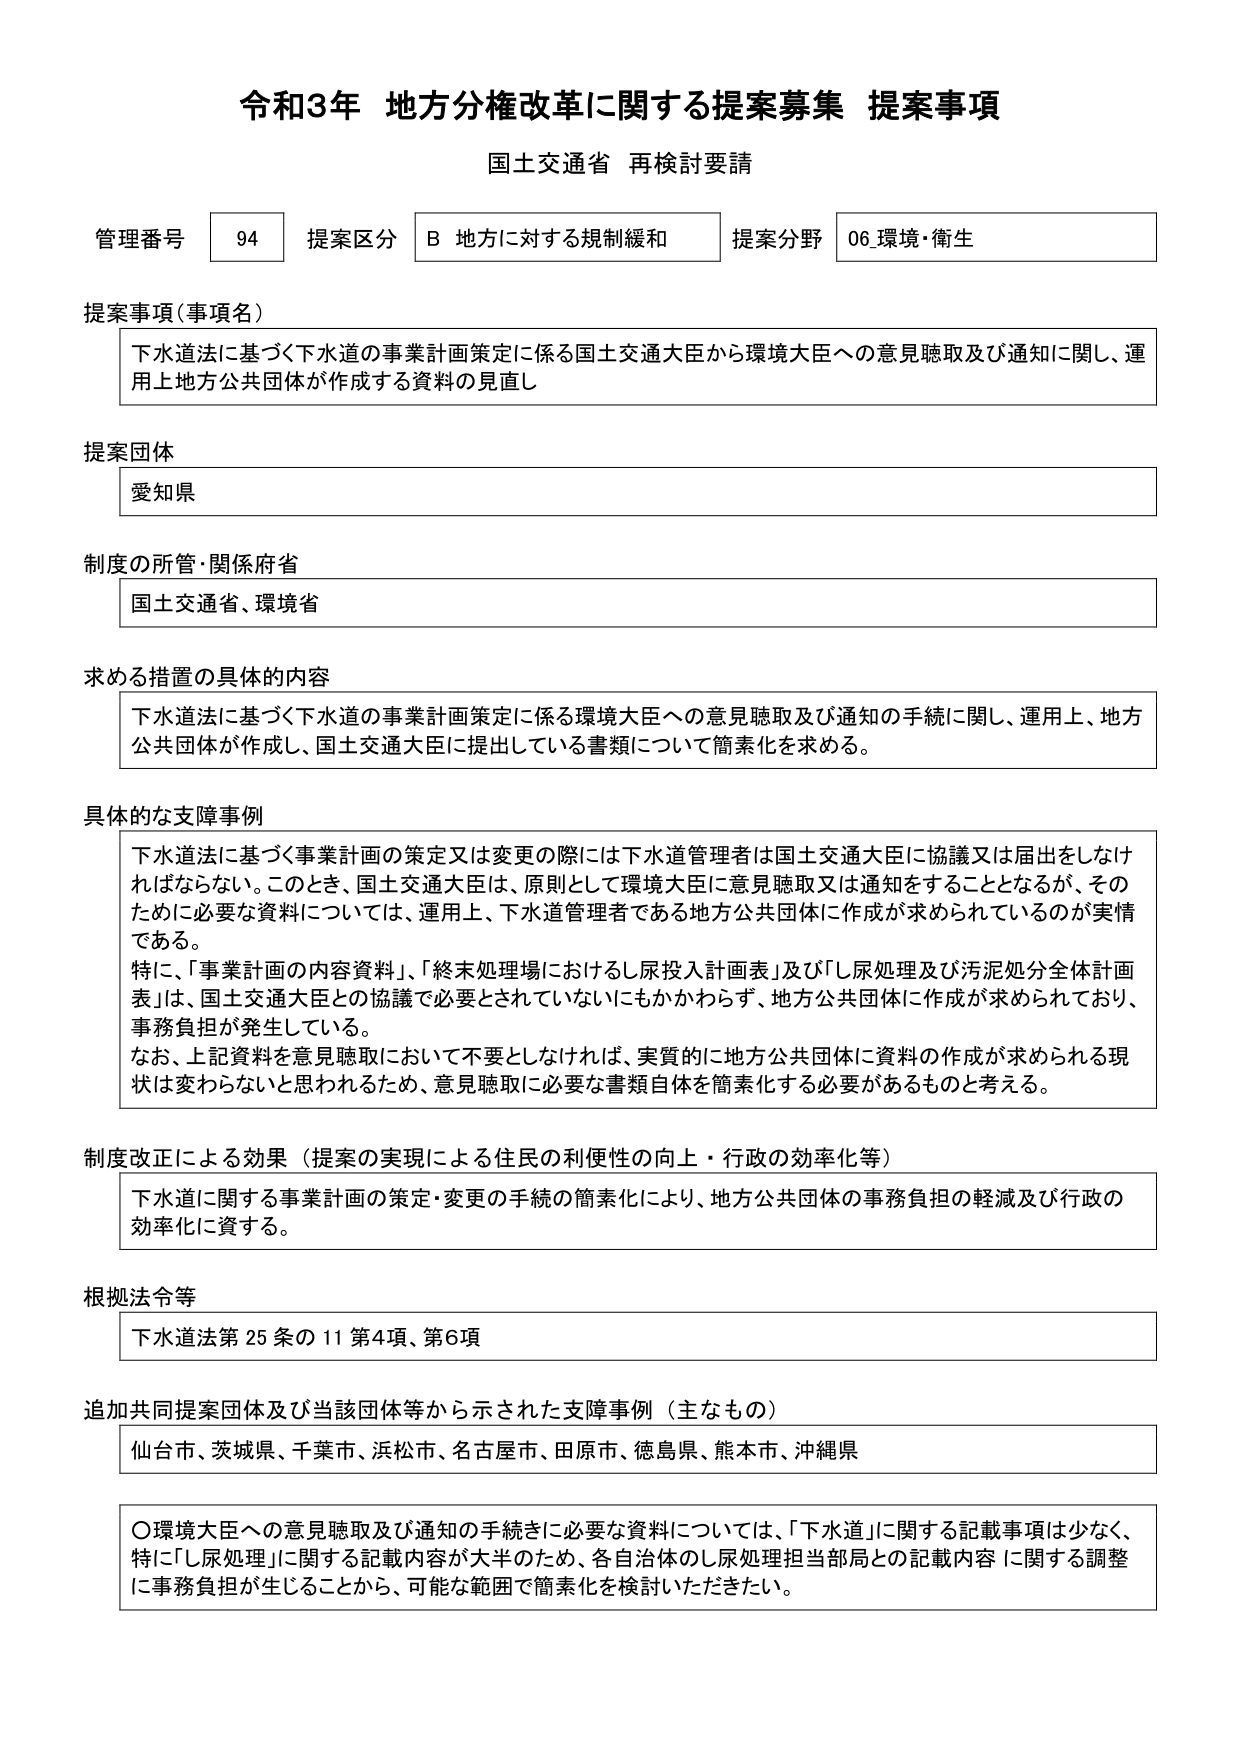
令和3年 地方分権改革に関する提案募集 提案事項
国土交通省 再検討要請

管理番号 94 提案区分 B 地方に対する規制緩和 提案分野 06 環境・衛生

提案事項（事項名）
下水道法に基づく下水道の事業計画策定に係る国土交通大臣から環境大臣への意見聴取及び通知に関し、運用上地方公共団体が作成する資料の見直し

提案団体
愛知県

制度の所管・関係府省
国土交通省、環境省

求める措置の具体的内容
下水道法に基づく下水道の事業計画策定に係る環境大臣への意見聴取及び通知の手続に関し、運用上、地方公共団体が作成し、国土交通大臣に提出している書類について簡素化を求める。

具体的な支障事例
下水道法に基づく事業計画の策定又は変更の際には下水道管理者は国土交通大臣に協議又は届出をしなければならない。このとき、国土交通大臣は、原則として環境大臣に意見聴取又は通知をすることとなるが、そのために必要な資料については、運用上、下水道管理者である地方公共団体に作成が求められているのが実情である。
特に、「事業計画の内容資料」、「終末処理場におけるし尿投入計画表」及び「し尿処理及び汚泥処分全体計画表」は、国土交通大臣との協議で必要とされていないにもかかわらず、地方公共団体に作成が求められており、事務負担が発生している。
なお、上記資料を意見聴取において不要としなければ、実質的に地方公共団体に資料の作成が求められる現状は変わらないと思われるため、意見聴取に必要な書類自体を簡素化する必要があるものと考える。

制度改正による効果（提案の実現による住民の利便性の向上・行政の効率化等）
下水道に関する事業計画の策定・変更の手続の簡素化により、地方公共団体の事務負担の軽減及び行政の効率化に資する。

根拠法令等
下水道法第25条の11第4項、第6項

追加共同提案団体及び当該団体等から示された支障事例（主なもの）
仙台市、茨城県、千葉市、浜松市、名古屋市、田原市、徳島県、熊本市、沖縄県

〇環境大臣への意見聴取及び通知の手続きに必要な資料については、「下水道」に関する記載事項は少なく、特に「し尿処理」に関する記載内容が大半のため、各自治体のし尿処理担当部局との記載内容に関する調整に事務負担が生じることから、可能な範囲で簡素化を検討いただきたい。